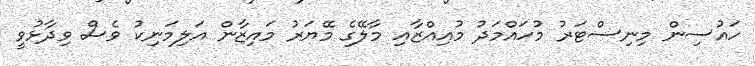
ހައުސިން މިނިސްޓަރު މުހައްމަދު މުއިއްޒާއި މާލޭގެ މޭޔަރު މައިޒާން އަލިމަނިކު ވެސް ވިދާޅުވީ